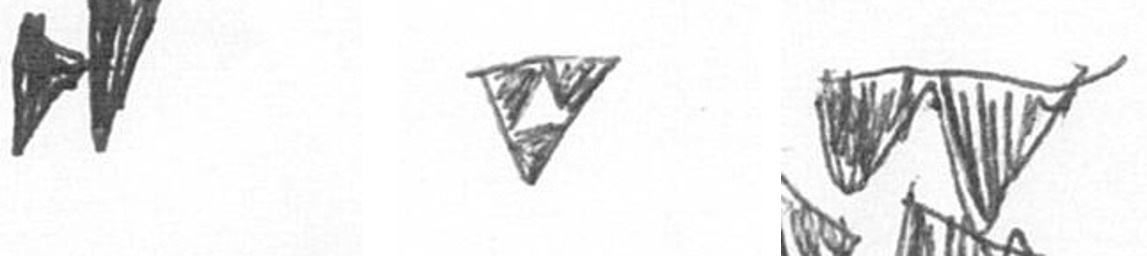
M S B